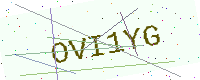
Text: OVI1YG